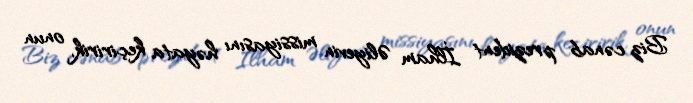
Biz cənab prezident İlham Əliyevin missiyasını həyata keçiririk, onun